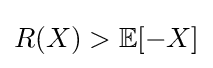
R(X)>\mathbb {E} [-X]